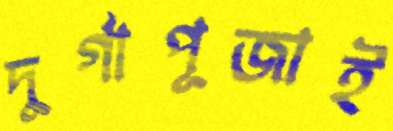
দুর্গাপূজাই